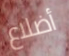
أضلاع